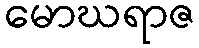
မောဃရာဇ